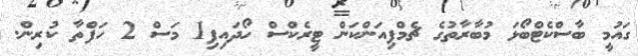
ގައުމީ ބާސްކެޓްބޯޅަ މުބާރާތުގެ ޗެމްޕިއަންކަން ޓީރެކްސް ހޯދައިފި1 މަސް 2 ހަފްތާ ކުރިން.